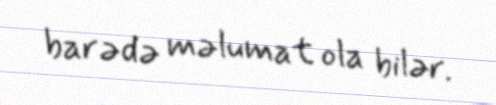
barədə məlumat ola bilər.